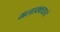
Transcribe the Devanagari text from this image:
मलाक्क्याचे